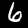
Label: 6